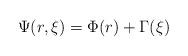
LaTeX: \begin{align*}\Psi(r,\xi)=\Phi(r)+\Gamma(\xi)\end{align*}